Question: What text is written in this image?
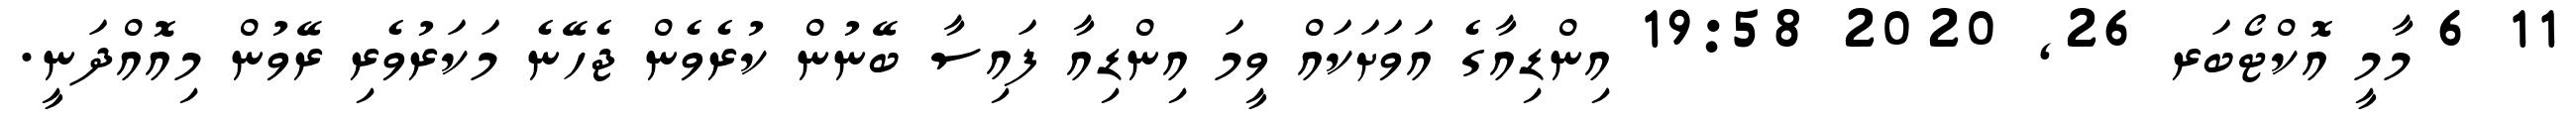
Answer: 11 6 މާމީ އޮކްޓޯބަރ 26, 2020 19:58 އިންޑިއާގެ އަވަށަކައް ވީމަ އިންޑިއާ ފައިސާ ބޭނުން ކުރެވެން ޖެހޭނެ މަކަރުވެރި ރޭވުން މިއޮއްދަނީ.